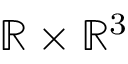
\mathbb { R } \times \mathbb { R } ^ { 3 }